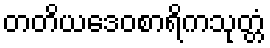
တတိယဒေဝစာရိကသုတ္တံ